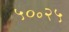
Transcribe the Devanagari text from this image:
५०॰२५